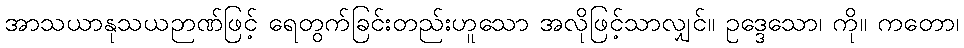
အာသယာနုသယဉာဏ်ဖြင့် ရေတွက်ခြင်းတည်းဟူသော အလိုဖြင့်သာလျှင်။ ဥဒ္ဒေသော၊ ကို။ ကတော၊